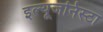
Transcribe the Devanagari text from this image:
इल्‍यूजनिस्‍टा